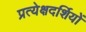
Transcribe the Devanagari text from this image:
प्रत्येक्षदर्शियों